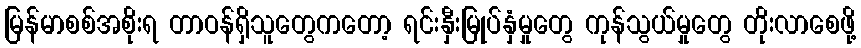
မြန်မာစစ်အစိုးရ တာဝန်ရှိသူတွေကတော့ ရင်းနှီးမြုပ်နှံမှုတွေ ကုန်သွယ်မှုတွေ တိုးလာစေဖို့